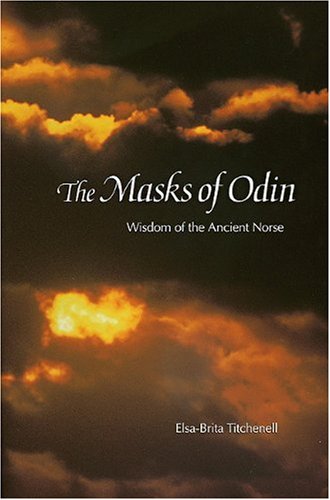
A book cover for The Masks of Odin: Wisdom of the Ancient Norse; Elsa-Brita Titchenell; Literature & Fiction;